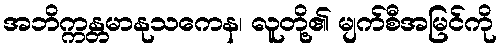
အဘိက္ကန္တမာနုသကေန၊ လူတို့၏ မျက်စီအမြင်ကို